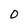
Character: D